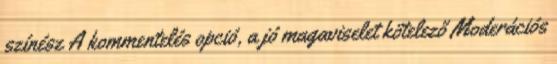
színész A kommentelés opció, a jó magaviselet kötelező Moderációs